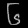
Digit: ၆